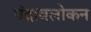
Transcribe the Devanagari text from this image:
चंद्रावलोकन